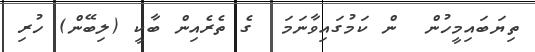
ތިޔަބައިމީހުން  ން ކަމުގައިވާނަމަ  ގެ ތެރެއިން ބާކީ (ލިބޭން) ހުރި